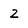
Character: 2